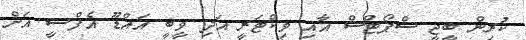
ކުރިން ބީޖީ ސްޕޯޓްސް އާއި ވިކްޓަރީ އަދި ވީބީ އައްޑޫ އެފްސީ އަށް